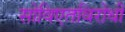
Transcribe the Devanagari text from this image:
सोविएतविरोधी